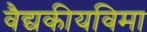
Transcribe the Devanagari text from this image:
वैद्यकीयविमा